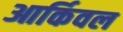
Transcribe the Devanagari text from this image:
आर्किवल